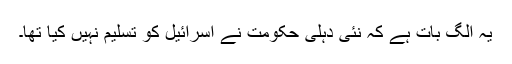
یہ الگ بات ہے کہ نئی دہلی حکومت نے اسرائیل کو تسلیم نہیں کیا تھا۔